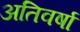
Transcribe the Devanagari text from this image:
अतिवर्षा